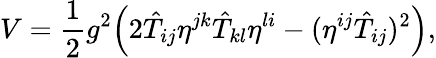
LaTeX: V=\frac{1}{2}g^{2}\Bigr(2\hat{T}_{ij}\eta^{jk}\hat{T}_{kl}\eta^{li}-(\eta^{ij}\hat{T}_{ij})^{2}\Bigr),